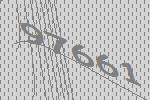
97661